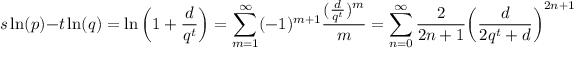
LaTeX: s \ln ( p ) - t \ln ( q ) = \ln \left( 1 + { \frac { d } { q ^ { t } } } \right) = \sum _ { m = 1 } ^ { \infty } ( - 1 ) ^ { m + 1 } { \frac { ( { \frac { d } { q ^ { t } } } ) ^ { m } } { m } } = \sum _ { n = 0 } ^ { \infty } { \frac { 2 } { 2 n + 1 } } { \left( { \frac { d } { 2 q ^ { t } + d } } \right) } ^ { 2 n + 1 } .